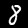
Digit: 8